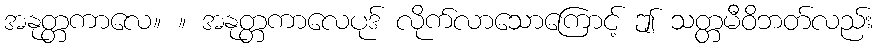
အနုတ္တကာလေ။ ။ အနုတ္တကာလေပုဒ် လိုက်လာသောကြောင့် ဤ သတ္တမီဝိဘတ်လည်း